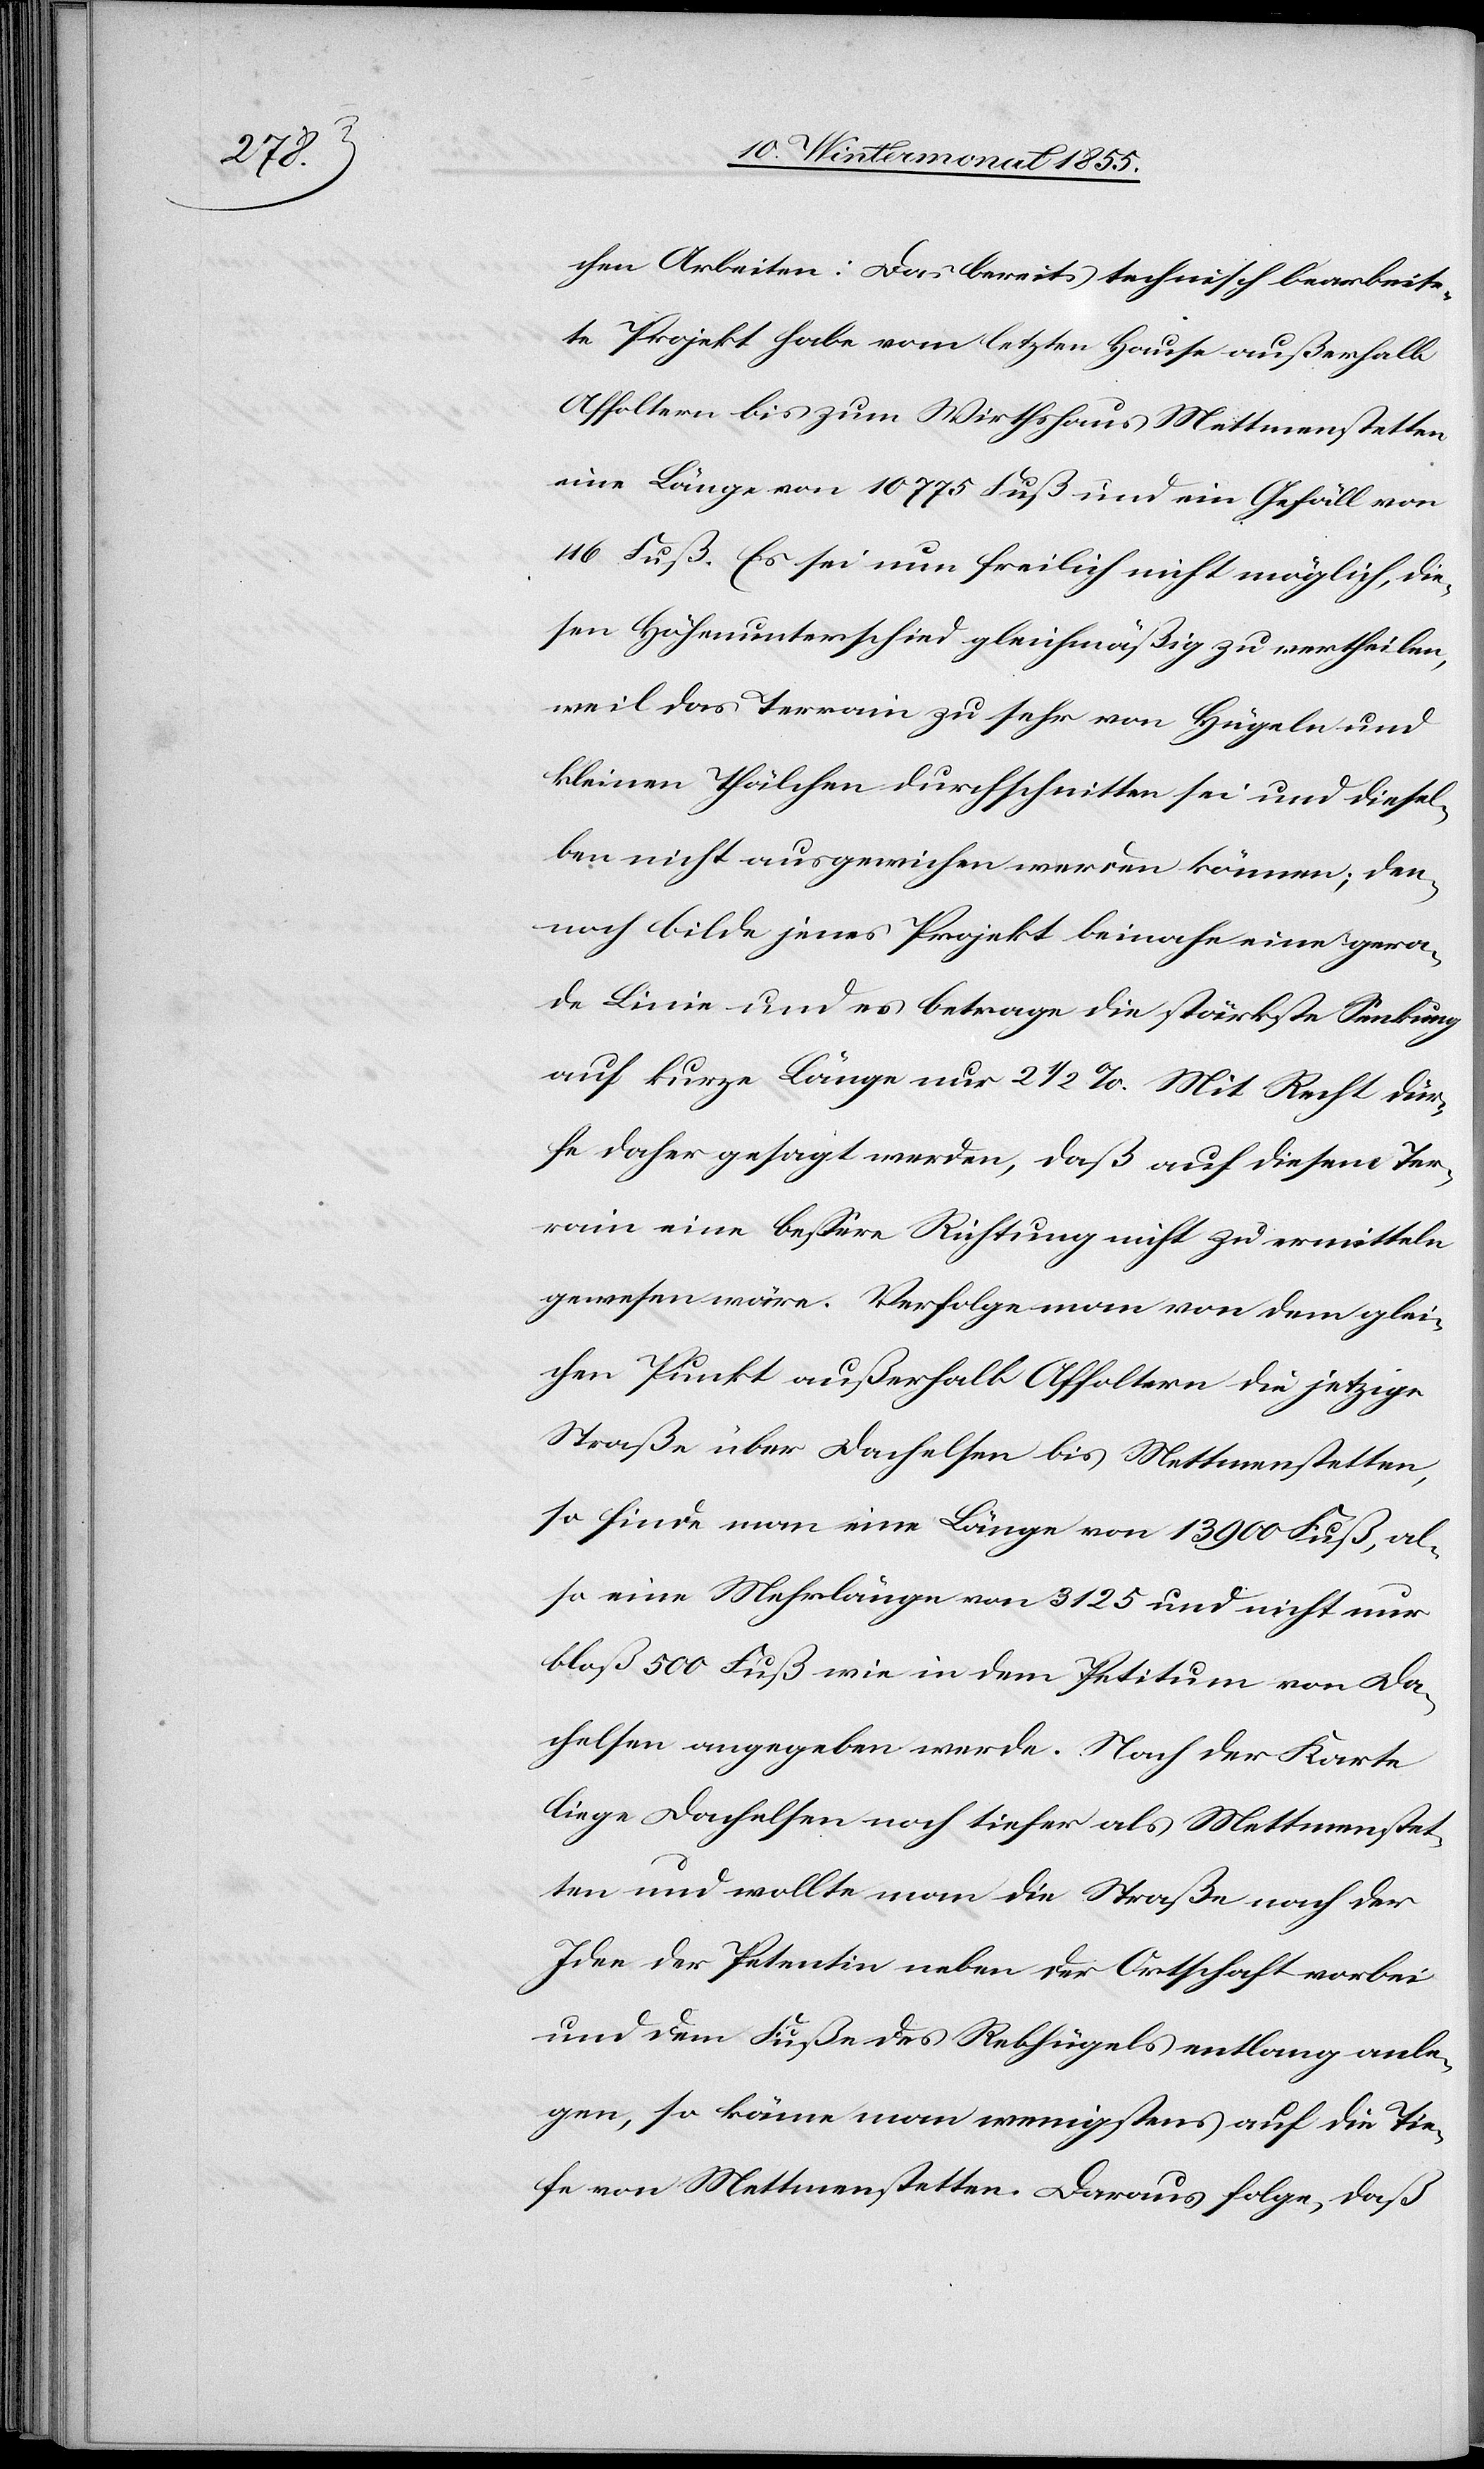
chen Arbeiten: Das bereits technisch bearbeite¬
te Projekt habe vom letzten Hause außerhalb
Affoltern bis zum Wirthshaus Mettmenstetten
eine Länge von 10 775 Fuß und ein Gefäll von
116 Fuß. Es sei nun freilich nicht möglich, die¬
sen Höhenunterschied gleichmäßig zu vertheilen,
weil das Terrain zu sehr von Hügeln und
kleinen Thälchen durchschnitten sei und diesel¬
ben nicht ausgewichen werden können; den¬
noch bilde jenes Projekt beinahe eine gera¬
de Linie und es betrage die stärkste Senkung
auf kurze Länge nur 2 1/2 %. Mit Recht dür¬
fe daher gesagt werden, daß auf diesem Ter¬
rain eine bessere Richtung nicht zu ermitteln
gewesen wäre. Verfolge man von dem glei¬
chen Punkt außerhalb Affoltern die jetzige
Straße über Dachelsen bis Mettmenstetten,
so finde man eine Länge von 13 900 Fuß, al¬
so eine Mehrlänge von 3125 und nicht nur
bloß 500 Fuß wie in dem Petitum von Da¬
chelsen angegeben werde. Nach der Karte
liege Dachelsen noch tiefer als Mettmenstet¬
ten und wollte man die Straße nach der
Idee der Petentin neben der Ortschaft vorbei
und dem Fuße des Rebhügels entlang anle¬
gen, so käme man wenigstens auf die Tie¬
fe von Mettmenstetten. Daraus folge, daß